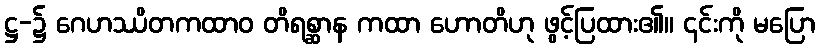
ဋ္ဌ-၌ ဂေဟဿိတကထာဝ တိရစ္ဆာန ကထာ ဟောတိဟု ဖွင့်ပြထား၏။ ၎င်းကို မပြော